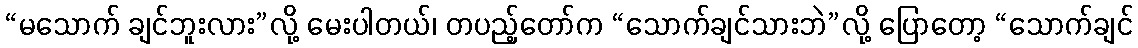
“မသောက် ချင်ဘူးလား”လို့ မေးပါတယ်၊ တပည့်တော်က “သောက်ချင်သားဘဲ”လို့ ပြောတော့ “သောက်ချင်